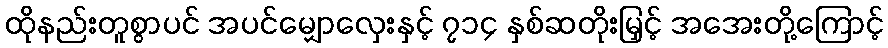
ထိုနည်းတူစွာပင် အပင်မျှောလှေးနှင့် ၇၁၄ နှစ်ဆတိုးမြှင့် အအေးတို့ကြောင့်